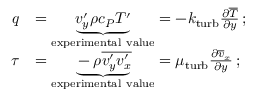
{ \begin{array} { r l } { q } & { = \underbrace { v _ { y } ^ { \prime } \rho c _ { P } T ^ { \prime } } _ { \mathrm { e x p e r i m e n t a l ~ v a l u e } } = - k _ { \mathrm { t u r b } } { \frac { \partial { \overline { { T } } } } { \partial y } } \, ; } \\ { \tau } & { = \underbrace { - \rho { \overline { { v _ { y } ^ { \prime } v _ { x } ^ { \prime } } } } } _ { \mathrm { e x p e r i m e n t a l ~ v a l u e } } = \mu _ { \mathrm { t u r b } } { \frac { \partial { \overline { { v } } } _ { x } } { \partial y } } \, ; } \end{array} }